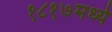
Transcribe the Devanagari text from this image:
१८१७मध्ये